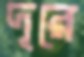
দূরে